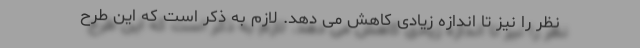
نظر را نیز تا اندازه زیادی کاهش می دهد. لازم به ذکر است که این طرح